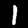
Label: 1